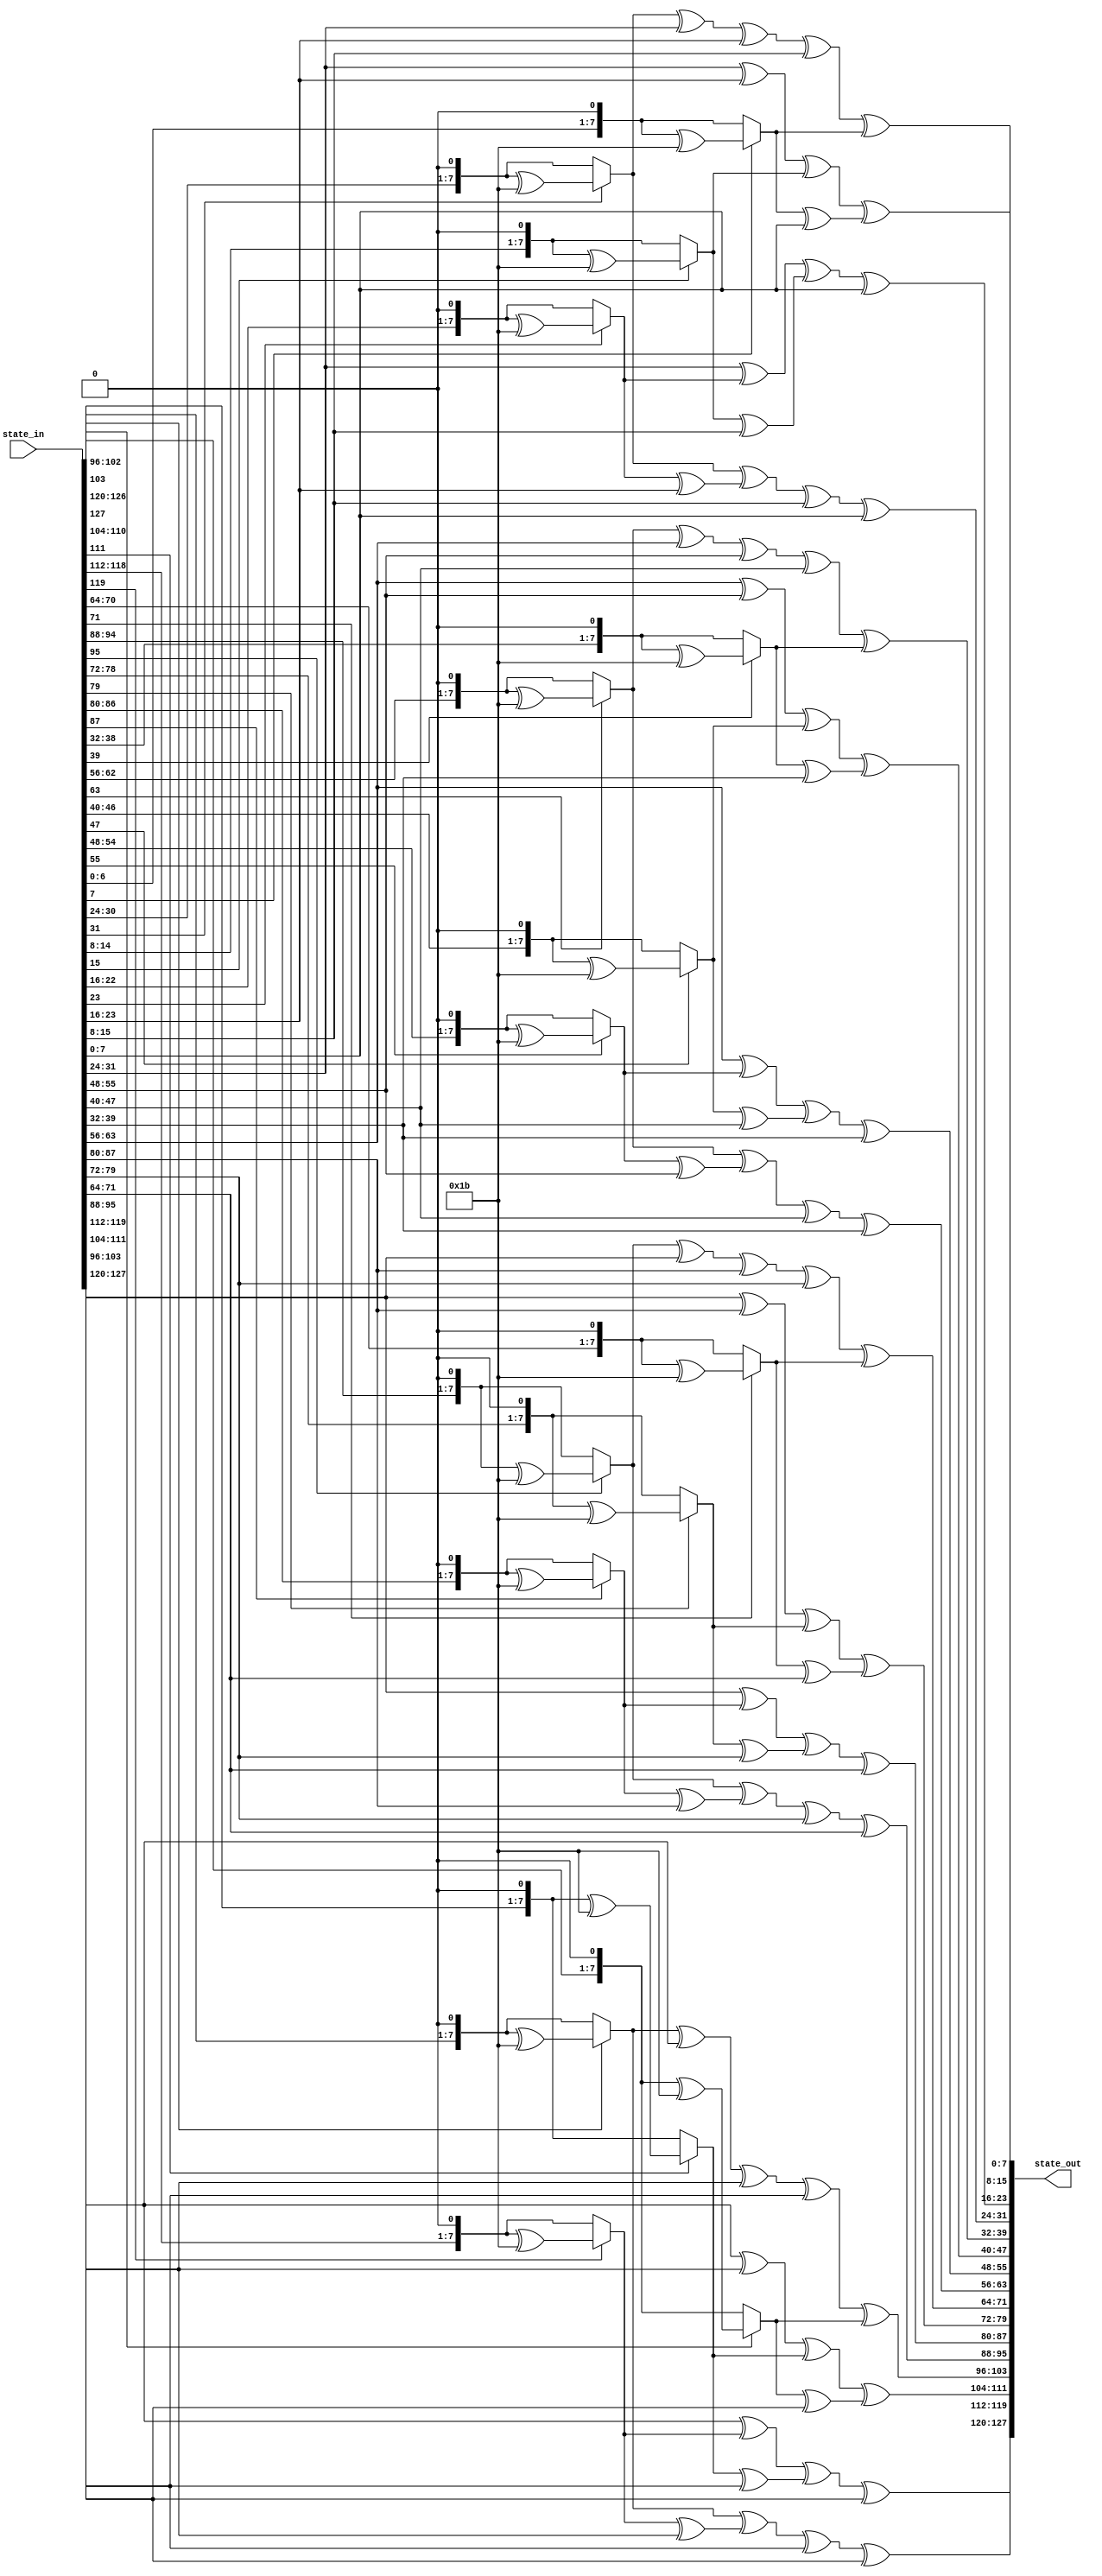
`timescale 1ns / 1ps
////////////////////////////////////////////////////////////////////////////////
// Company: 
// Engineer:
//
// Design Name:    
// Module Name:    mix_col
// Project Name:   
// Target Device:  
// Tool versions:  
// Description:
//
// Dependencies:
// 
// Revision:
// Revision 0.01 - File Created
// Additional Comments:
// 
///////////////////
module mix_col(state_in,state_out);

input [127:0] state_in;
output[127:0] state_out;


function [7:0] mb2; //multiply by 2
	input [7:0] x;
	begin 
			/* multiplication by 2 is shifting on bit to the left, and if the original 8 bits had a 1 @ MSB,
			xor the result with {1b}*/
			if(x[7] == 1) mb2 = ((x << 1) ^ 8'h1b);
			else mb2 = x << 1; 
	end 	
endfunction


/* 
	multiplication by 3 is done by:
		multiplication by {02} xor(the original x)
		so that 2+1=3. where xor is the addition of elements in finite fields
*/
function [7:0] mb3; //multiply by 3
	input [7:0] x;
	begin 
			
			mb3 = mb2(x) ^ x;
	end 
endfunction




genvar i;

generate 
for(i=0;i< 4;i=i+1) begin : m_col

	assign state_out[(i*32 + 24)+:8]= mb2(state_in[(i*32 + 24)+:8]) ^ mb3(state_in[(i*32 + 16)+:8]) ^ state_in[(i*32 + 8)+:8] ^ state_in[i*32+:8];
	assign state_out[(i*32 + 16)+:8]= state_in[(i*32 + 24)+:8] ^ mb2(state_in[(i*32 + 16)+:8]) ^ mb3(state_in[(i*32 + 8)+:8]) ^ state_in[i*32+:8];
	assign state_out[(i*32 + 8)+:8]= state_in[(i*32 + 24)+:8] ^ state_in[(i*32 + 16)+:8] ^ mb2(state_in[(i*32 + 8)+:8]) ^ mb3(state_in[i*32+:8]);
   assign state_out[i*32+:8]= mb3(state_in[(i*32 + 24)+:8]) ^ state_in[(i*32 + 16)+:8] ^ state_in[(i*32 + 8)+:8] ^ mb2(state_in[i*32+:8]);

end

endgenerate

endmodule